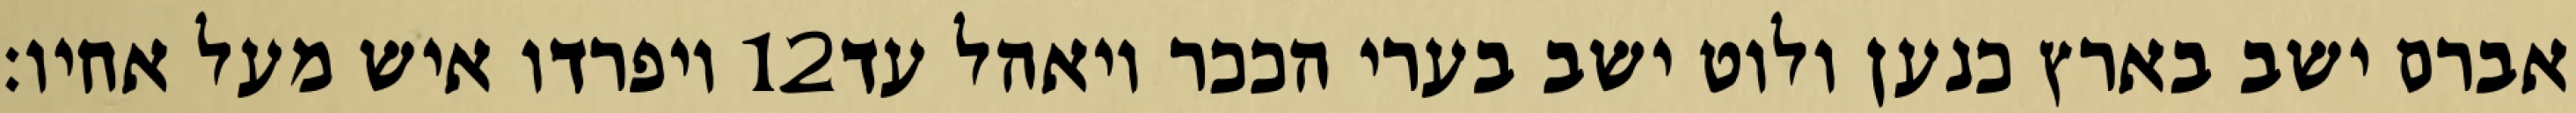
ויפרדו איש מעל אחיו׃ ‎12‏ אברם ישב בארץ כנען ולוט ישב בערי הככר ויאהל עד